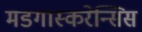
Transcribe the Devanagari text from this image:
मडगास्करेन्सिस